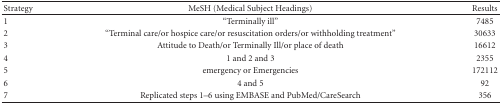
<table><thead><tr><td><b>Strategy</b></td><td><b>MeSH (Medical Subject Headings)</b></td><td><b>Results</b></td></tr></thead><tbody><tr><td>1</td><td>“Terminally ill”</td><td>7485</td></tr><tr><td>2</td><td>“Terminal care/or hospice care/or resuscitation orders/or withholding treatment”</td><td>30633</td></tr><tr><td>3</td><td>Attitude to Death/or Terminally Ill/or place of death</td><td>16612</td></tr><tr><td>4</td><td>1 and 2 and 3</td><td>2355</td></tr><tr><td>5</td><td>emergency or Emergencies</td><td>172112</td></tr><tr><td>6</td><td>4 and 5</td><td>92</td></tr><tr><td>7</td><td>Replicated steps 1–6 using EMBASE and PubMed/CareSearch</td><td>356</td></tr></tbody></table>